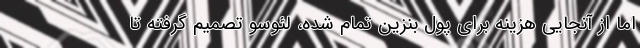
اما از آنجایی هزینه برای پول بنزین تمام شده، لئوسو تصمیم گرفته تا